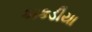
કાકડીયા